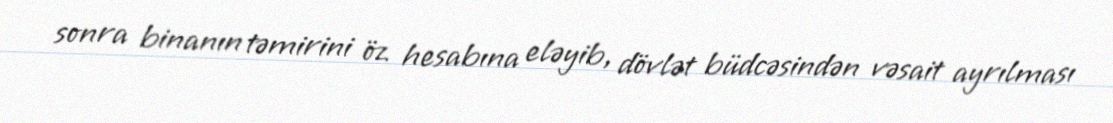
sonra binanın təmirini öz hesabına eləyib, dövlət büdcəsindən vəsait ayrılması